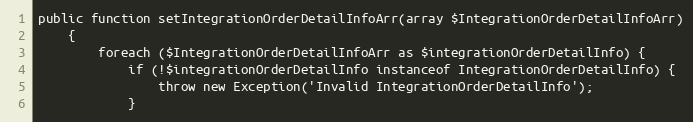
Language: PHP
public function setIntegrationOrderDetailInfoArr(array $IntegrationOrderDetailInfoArr)
    {
        foreach ($IntegrationOrderDetailInfoArr as $integrationOrderDetailInfo) {
            if (!$integrationOrderDetailInfo instanceof IntegrationOrderDetailInfo) {
                throw new Exception('Invalid IntegrationOrderDetailInfo');
            }